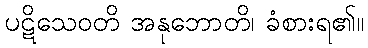
ပဋိသေဝတိ အနုဘောတိ၊ ခံစားရ၏။